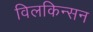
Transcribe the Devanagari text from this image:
विलकिन्सन